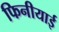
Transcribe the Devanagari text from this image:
फिनीयाई